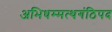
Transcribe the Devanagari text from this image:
अभिधम्मत्थगंठिपद